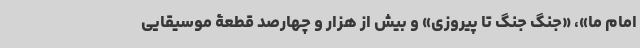
امام ما»، «جنگ جنگ تا پیروزی» و بیش از هزار و چهارصد قطعۀ موسیقایی